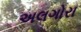
અલગોરા